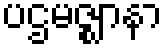
ပဌမဇ္ဈာနာ